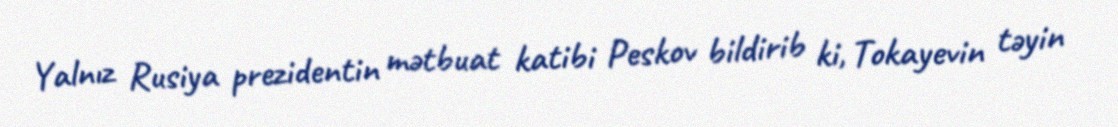
Yalnız Rusiya prezidentin mətbuat katibi Peskov bildirib ki, Tokayevin təyin